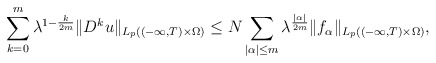
\begin{align*}\sum_{k=0}^m\lambda^{1-\frac{k}{2m}}\|D^ku\|_{L_p((-\infty, T)\times \Omega)}\le N\sum_{|\alpha|\le m}\lambda^{\frac{|\alpha|}{2m}}\|f_\alpha\|_{L_p((-\infty, T)\times \Omega)},\end{align*}